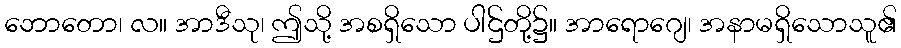
ဘောတော၊ လ။ အာဒီသု၊ ဤသို့ အစရှိသော ပါဌ်တို့၌။ အာရောဂျေ၊ အနာမရှိသောသူ၏